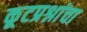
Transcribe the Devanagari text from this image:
कूटप्रश्नांचा